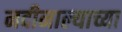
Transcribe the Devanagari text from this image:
नदीनाल्याच्या